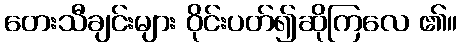
တေးသီချင်းများ ဝိုင်းပတ်၍ဆိုကြလေ ၏။